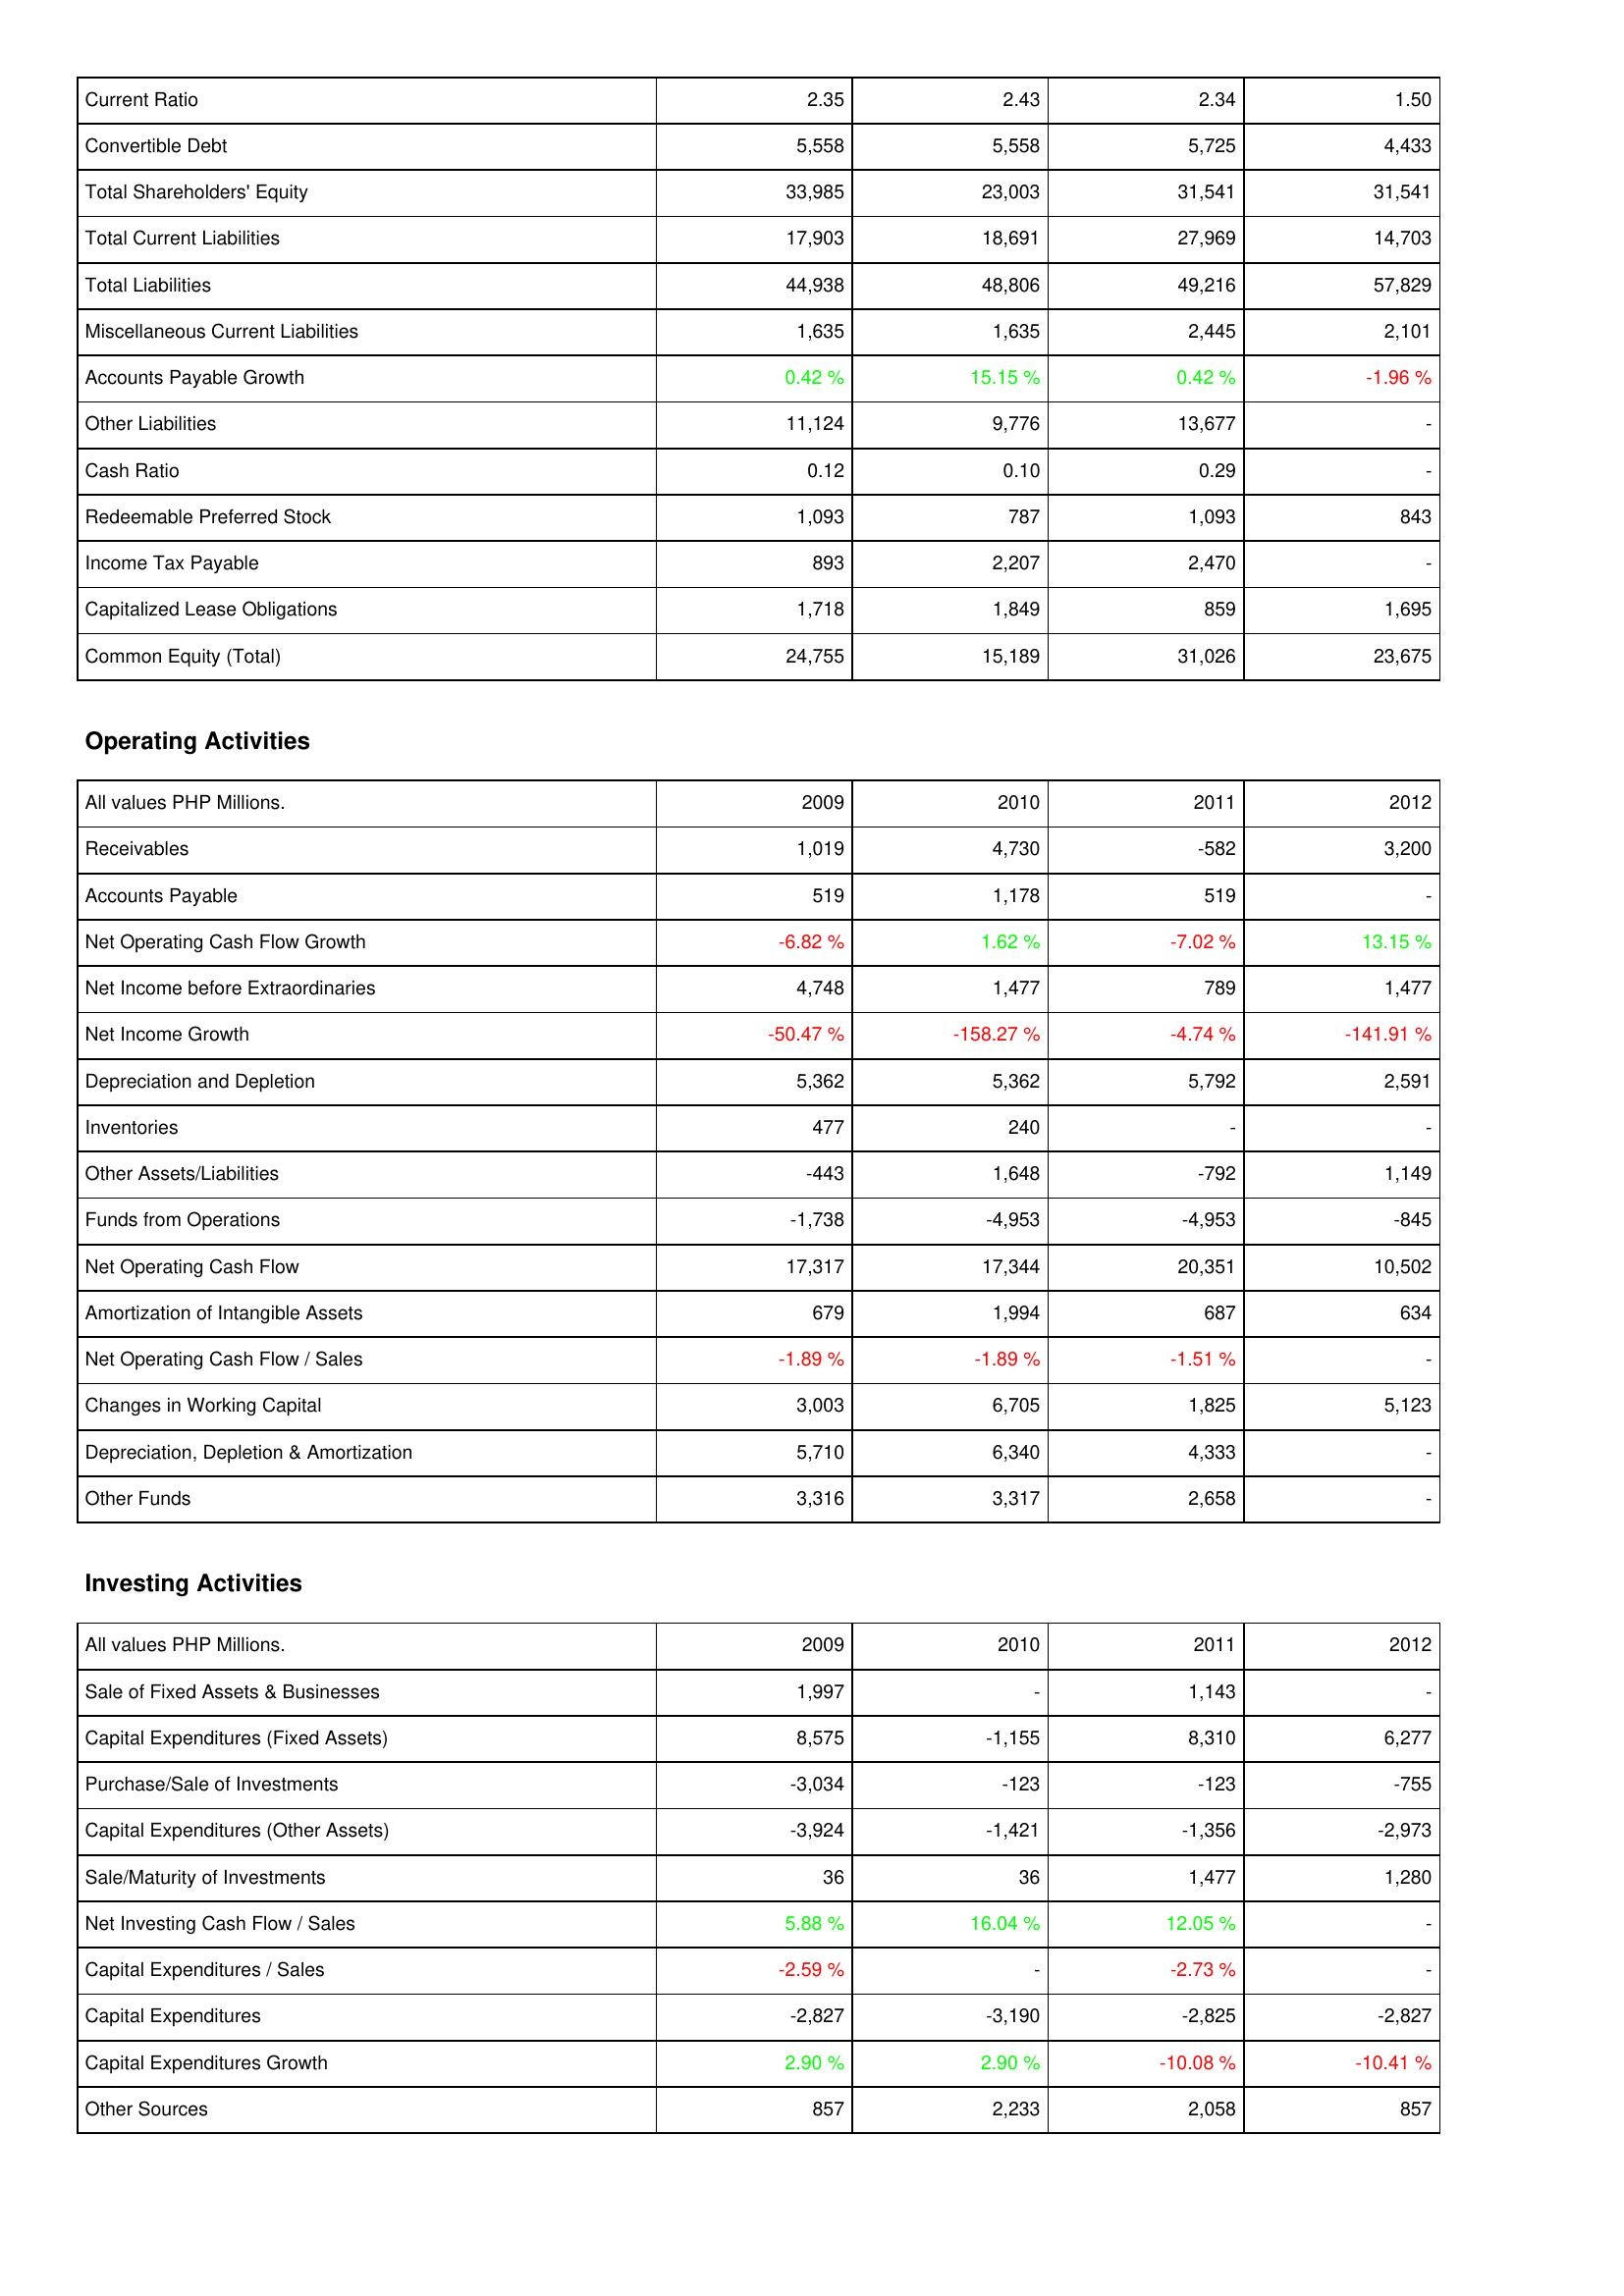
2009: Liabilities & Shareholders' Equity: Current Ratio: 2.35
Convertible Debt: 5,558
Total Shareholders' Equity: 33,985
Total Current Liabilities: 17,903
Total Liabilities: 44,938
Miscellaneous Current Liabilities: 1,635
Accounts Payable Growth: 0.42 %
Other Liabilities: 11,124
Cash Ratio: 0.12
Redeemable Preferred Stock: 1,093
Income Tax Payable: 893
Capitalized Lease Obligations: 1,718
Common Equity (Total): 24,755
Operating Activities: Receivables: 1,019
Accounts Payable: 519
Net Operating Cash Flow Growth: -6.82 %
Net Income before Extraordinaries: 4,748
Net Income Growth: -50.47 %
Depreciation and Depletion: 5,362
Inventories: 477
Other Assets/Liabilities: -443
Funds from Operations: -1,738
Net Operating Cash Flow: 17,317
Amortization of Intangible Assets: 679
Net Operating Cash Flow / Sales: -1.89 %
Changes in Working Capital: 3,003
Depreciation, Depletion & Amortization: 5,710
Other Funds: 3,316
Investing Activities: Sale of Fixed Assets & Businesses: 1,997
Capital Expenditures (Fixed Assets): 8,575
Purchase/Sale of Investments: -3,034
Capital Expenditures (Other Assets): -3,924
Sale/Maturity of Investments: 36
Net Investing Cash Flow / Sales: 5.88 %
Capital Expenditures / Sales: -2.59 %
Capital Expenditures: -2,827
Capital Expenditures Growth: 2.90 %
Other Sources: 857
2010: Liabilities & Shareholders' Equity: Current Ratio: 2.43
Convertible Debt: 5,558
Total Shareholders' Equity: 23,003
Total Current Liabilities: 18,691
Total Liabilities: 48,806
Miscellaneous Current Liabilities: 1,635
Accounts Payable Growth: 15.15 %
Other Liabilities: 9,776
Cash Ratio: 0.10
Redeemable Preferred Stock: 787
Income Tax Payable: 2,207
Capitalized Lease Obligations: 1,849
Common Equity (Total): 15,189
Operating Activities: Receivables: 4,730
Accounts Payable: 1,178
Net Operating Cash Flow Growth: 1.62 %
Net Income before Extraordinaries: 1,477
Net Income Growth: -158.27 %
Depreciation and Depletion: 5,362
Inventories: 240
Other Assets/Liabilities: 1,648
Funds from Operations: -4,953
Net Operating Cash Flow: 17,344
Amortization of Intangible Assets: 1,994
Net Operating Cash Flow / Sales: -1.89 %
Changes in Working Capital: 6,705
Depreciation, Depletion & Amortization: 6,340
Other Funds: 3,317
Investing Activities: Sale of Fixed Assets & Businesses: -
Capital Expenditures (Fixed Assets): -1,155
Purchase/Sale of Investments: -123
Capital Expenditures (Other Assets): -1,421
Sale/Maturity of Investments: 36
Net Investing Cash Flow / Sales: 16.04 %
Capital Expenditures / Sales: -
Capital Expenditures: -3,190
Capital Expenditures Growth: 2.90 %
Other Sources: 2,233
2011: Liabilities & Shareholders' Equity: Current Ratio: 2.34
Convertible Debt: 5,725
Total Shareholders' Equity: 31,541
Total Current Liabilities: 27,969
Total Liabilities: 49,216
Miscellaneous Current Liabilities: 2,445
Accounts Payable Growth: 0.42 %
Other Liabilities: 13,677
Cash Ratio: 0.29
Redeemable Preferred Stock: 1,093
Income Tax Payable: 2,470
Capitalized Lease Obligations: 859
Common Equity (Total): 31,026
Operating Activities: Receivables: -582
Accounts Payable: 519
Net Operating Cash Flow Growth: -7.02 %
Net Income before Extraordinaries: 789
Net Income Growth: -4.74 %
Depreciation and Depletion: 5,792
Inventories: -
Other Assets/Liabilities: -792
Funds from Operations: -4,953
Net Operating Cash Flow: 20,351
Amortization of Intangible Assets: 687
Net Operating Cash Flow / Sales: -1.51 %
Changes in Working Capital: 1,825
Depreciation, Depletion & Amortization: 4,333
Other Funds: 2,658
Investing Activities: Sale of Fixed Assets & Businesses: 1,143
Capital Expenditures (Fixed Assets): 8,310
Purchase/Sale of Investments: -123
Capital Expenditures (Other Assets): -1,356
Sale/Maturity of Investments: 1,477
Net Investing Cash Flow / Sales: 12.05 %
Capital Expenditures / Sales: -2.73 %
Capital Expenditures: -2,825
Capital Expenditures Growth: -10.08 %
Other Sources: 2,058
2012: Liabilities & Shareholders' Equity: Current Ratio: 1.50
Convertible Debt: 4,433
Total Shareholders' Equity: 31,541
Total Current Liabilities: 14,703
Total Liabilities: 57,829
Miscellaneous Current Liabilities: 2,101
Accounts Payable Growth: -1.96 %
Other Liabilities: -
Cash Ratio: -
Redeemable Preferred Stock: 843
Income Tax Payable: -
Capitalized Lease Obligations: 1,695
Common Equity (Total): 23,675
Operating Activities: Receivables: 3,200
Accounts Payable: -
Net Operating Cash Flow Growth: 13.15 %
Net Income before Extraordinaries: 1,477
Net Income Growth: -141.91 %
Depreciation and Depletion: 2,591
Inventories: -
Other Assets/Liabilities: 1,149
Funds from Operations: -845
Net Operating Cash Flow: 10,502
Amortization of Intangible Assets: 634
Net Operating Cash Flow / Sales: -
Changes in Working Capital: 5,123
Depreciation, Depletion & Amortization: -
Other Funds: -
Investing Activities: Sale of Fixed Assets & Businesses: -
Capital Expenditures (Fixed Assets): 6,277
Purchase/Sale of Investments: -755
Capital Expenditures (Other Assets): -2,973
Sale/Maturity of Investments: 1,280
Net Investing Cash Flow / Sales: -
Capital Expenditures / Sales: -
Capital Expenditures: -2,827
Capital Expenditures Growth: -10.41 %
Other Sources: 857